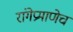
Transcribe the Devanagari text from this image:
रांगेप्रमाणेच